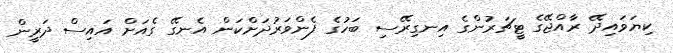
ކިޔަވައިދޭ ރާއްޖޭގެ ޓީޗަރުންގެ އިނގިރޭސި ބަހުގެ ފެންވަރުދަށްކަން އެނގޭ ގެއަށް އައިސް ދަރީން